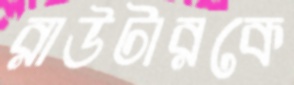
রাউটারকে